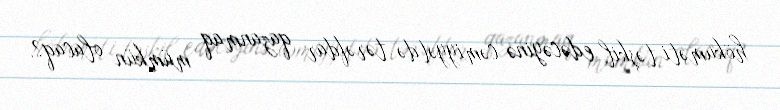
hökuməti təşkil edəcəyinə cəmiyyətdə tərəfdar qazanmaq mümkün olacaq?.